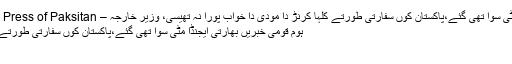
بھارتی ایجنڈا مٹی سُوا تھی گئے،پاکستان کوں سفارتی طورتے کلہا کرنڑ دا مودی دا خواب پورا نہ تھیسی، وزیر خارجہ – Associated Press of Paksitan
ہوم قومی خبریں بھارتی ایجنڈا مٹی سُوا تھی گئے،پاکستان کوں سفارتی طورتے کلہا کرنڑ دا...
اسلام آباد ۔